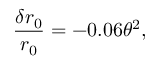
\frac { \delta r _ { 0 } } { r _ { 0 } } = - 0 . 0 6 \theta ^ { 2 } ,